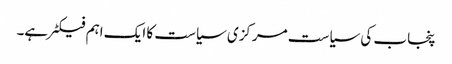
پنجاب کی سیاست مرکزی سیاست کا ایک اہم فیکٹر ہے۔